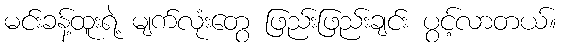
မင်းခန့်ထူးရဲ့ မျက်လုံးတွေ ဖြည်းဖြည်းချင်း ပွင့်လာတယ်။